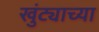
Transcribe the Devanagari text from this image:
खुंट्याच्या